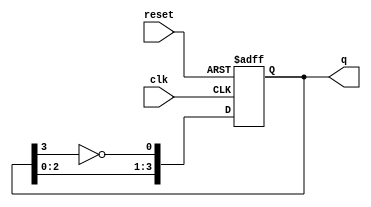
module ring_johnson_counter #(
    parameter N = 4  // Number of flip-flops
)(
    input wire clk,          // Clock signal
    input wire reset,        // Asynchronous reset signal
    output reg [N-1:0] q     // Output state of the counter
);

// Internal signal for feedback
wire feedback;

assign feedback = ~q[N-1]; // Inverted output of the last flip-flop

// Sequential logic for the Johnson counter
always @(posedge clk or posedge reset) begin
    if (reset) begin
        // Initialize the counter to a known state (e.g., all zeros)
        q <= 0;
    end else begin
        // Shift the state based on the feedback
        q <= {q[N-2:0], feedback};
    end
end

endmodule